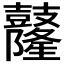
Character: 𪔴